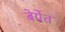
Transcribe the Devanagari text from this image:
बेर्येत